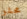
محشو